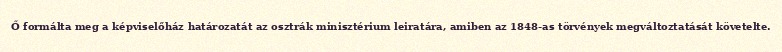
Ő formálta meg a képviselőház határozatát az osztrák minisztérium leiratára, amiben az 1848-as törvények megváltoztatását követelte.